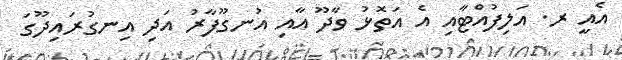
އެއީ ރ. އަލިފުއްޓާއި އެ އަތޮޅު ވާދޫ އާއި އުނގޫފާރު އަދި އިނގުރައިދޫގަ